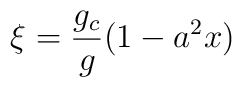
\xi = \frac{g_c}{g}(1- a^2x)